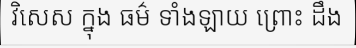
វិសេស ក្នុង ធម៌ ទាំងឡាយ ព្រោះ ដឹង